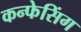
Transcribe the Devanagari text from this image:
कन्फेसिंग